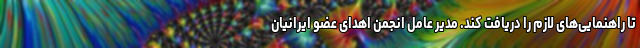
تا راهنمایی‌های لازم را دریافت کند. مدیر عامل انجمن اهدای عضو ایرانیان